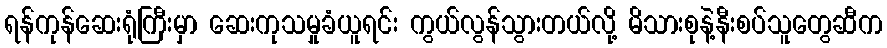
ရန်ကုန်ဆေးရုံကြီးမှာ ဆေးကုသမှုခံယူရင်း ကွယ်လွန်သွားတယ်လို့ မိသားစုနဲ့နီးစပ်သူတွေဆီက